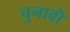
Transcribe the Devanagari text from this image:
चुनावॊं